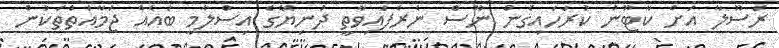
ރަސޫލާ އަށް ކާޓޫނު ކުރަހައިގެން ނޫސް ނެރެފައިވާތީ ދުނިޔޭގެ އިސްލާމީ ބައެއް ޖަމާއަތްތަކުން